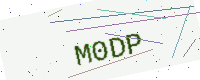
Text: M0DP